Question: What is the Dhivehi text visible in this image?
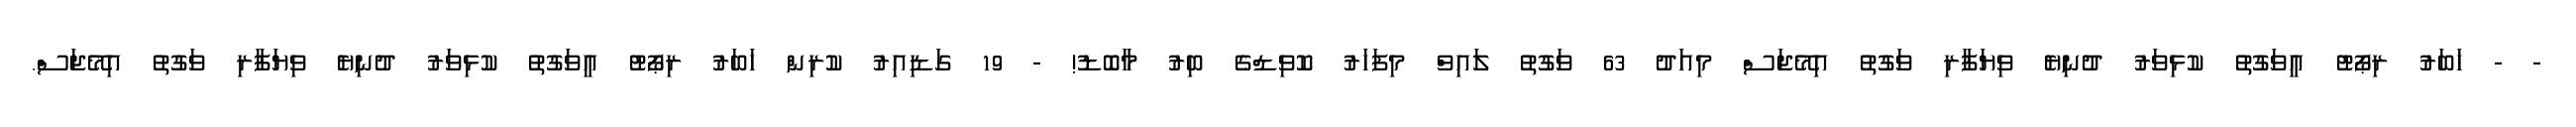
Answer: - - ޚަބަރު ރިޕޯޓު އީވަގުތު ކުޅިވަރު ދުނިޔެ ވިޔަފާރި ވަގުތު އިމޭޖަސް މިއަދު 63 ވަގުތު ލައިވް މިފަހަރު ކޮވިޑްގެ ބިރު މާބޮޑު! - 19 ގަޑިއިރު ކުރިން ޚަބަރު ރިޕޯޓު އީވަގުތު ކުޅިވަރު ދުނިޔެ ވިޔަފާރި ވަގުތު އިމޭޖަސް.